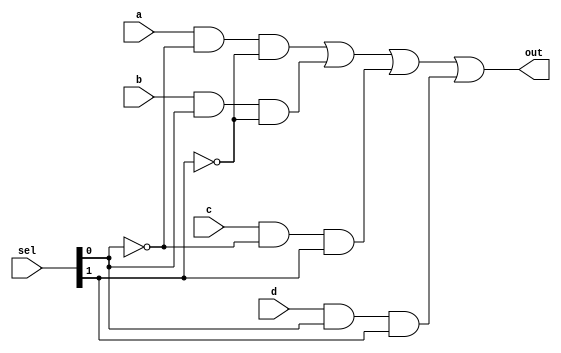
module mux_4to1_1b(a,b,c,d,sel,out);

input a,b,c,d;

input[1:0] sel;

output out;

wire h0,h1,h2,h3;

wire n0,n1;

not(n0,sel[0]);

not(n1,sel[1]);

and (h0,a,n0,n1);

and (h1,b,sel[0],n1);

and (h2,c,n0,sel[1]);

and (h3,d,sel[0],sel[1]);

or    (out,h0,h1,h2,h3);

endmodule